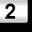
Digit: 2